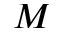
M